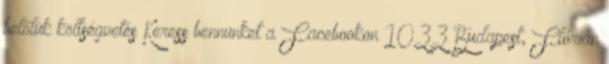
belőlük költségvetés Keress bennünket a Facebookon 1033 Budapest, Flórián